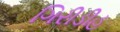
ગિરીડીહ